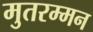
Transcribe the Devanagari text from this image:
मुतरम्मन